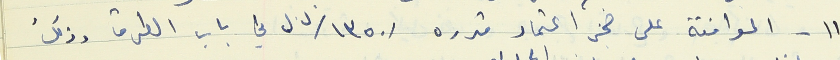
١١- الموافقة على حجز اعتماد قدره /١٣٥٠/ ل.ل في باب الطرق وذلك